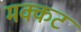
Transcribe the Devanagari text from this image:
मक्कट